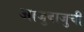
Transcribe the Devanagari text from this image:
आजुबाजुची